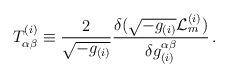
LaTeX: \begin{align*}T_{\alpha\beta}^{(i)} \equiv \frac{2}{\sqrt{-g_{(i)}}}\frac{\delta(\sqrt{-g_{(i)}}{\cal L}_m^{(i)})}{\delta g_{(i)}^{\alpha\beta}}\,.\end{align*}